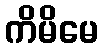
ကိမိမေ